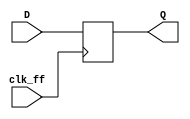
`timescale 1ns / 1ps
//////////////////////////////////////////////////////////////////////////////////
// Company: 
// Engineer: 
// 
// Design Name: 
// Module Name: dual_ff
// Project Name: 
// Target Devices: 
// Tool Versions: 
// Description: 
// 
// Dependencies: 
// 
// Revision:
// Revision 0.01 - File Created
// Additional Comments:
// 
//////////////////////////////////////////////////////////////////////////////////

module ff (
    input clk_ff,
    input D,
    output reg Q
    );
    
    always @(posedge clk_ff)
        Q = D;
endmodule

module dual_ff(
    input clk_ff,
    input D,
    output Q
    );
    wire D_ff;
    ff f(
        .clk_ff (clk_ff),
        .D (D),
        .Q (D_ff)
    );
    ff g(
        .clk_ff (clk_ff),
        .D (D_ff),
        .Q (Q)
    );
endmodule